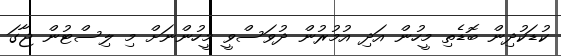
ކުޑަކުދިން ބޮޑެތި މީހުން އަދި އުމުރުން ދުވަސްވީ މީހުންނަށް މި ލިސްޓުން ޖާގަ